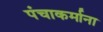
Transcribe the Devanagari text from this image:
पंचाकर्माना